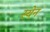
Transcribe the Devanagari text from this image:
स्येन